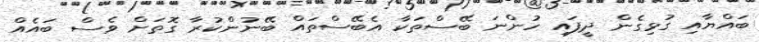
ބައްޔާއި ގުޅިގެން ދީފައި ހުންނަ ބޭސްތަކާ އެބޭސްތައް ބޭނުންކުރާ ގޮތަށް ވެސް ބައެއް